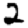
Digit: 2